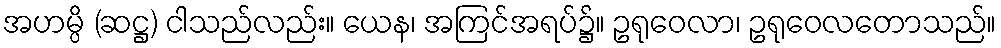
အဟမ္ပိ (ဆဋ္ဌ) ငါသည်လည်း။ ယေန၊ အကြင်အရပ်၌။ ဥရုဝေလာ၊ ဥရုဝေလတောသည်။